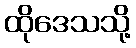
ထိုဒေသသို့